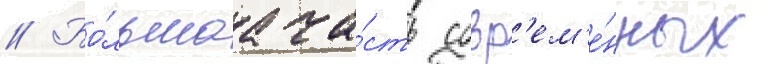
// Бо́льшаа ча́сть совр'ем'е́нных